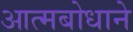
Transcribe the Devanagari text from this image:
आत्मबोधाने